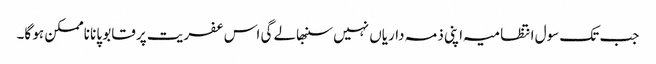
جب تک سول انتظامیہ اپنی ذمہ داریاں نہیں سنبھالے گی اس عفریت پر قابو پانا ناممکن ہو گا۔